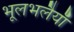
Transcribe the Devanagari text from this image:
भूलभलैयाँ